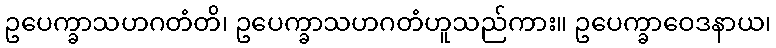
ဥပေက္ခာသဟဂတံတိ၊ ဥပေက္ခာသဟဂတံဟူသည်ကား။ ဥပေက္ခာဝေဒနာယ၊